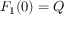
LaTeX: F _ { 1 } ( 0 ) = Q